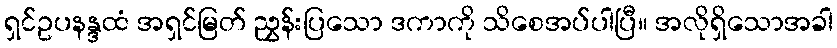
ရှင်ဥပနန္ဒထံ အရှင်မြတ် ညွှန်းပြသော ဒကာကို သိစေအပ်ပါပြီ။ အလိုရှိသောအခါ